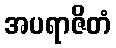
အပရာဇိတံ